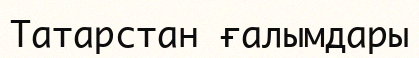
Татарстан ғалымдары